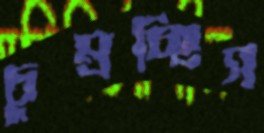
চুম্‌রচ্ছিস